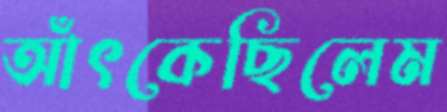
আঁৎকেছিলেম